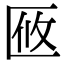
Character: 𠤼